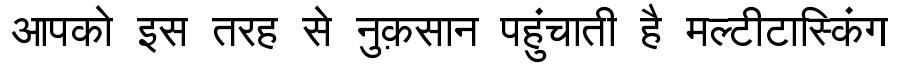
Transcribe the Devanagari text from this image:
आपको इस तरह से नुक़सान पहुंचाती है मल्टीटास्किंग